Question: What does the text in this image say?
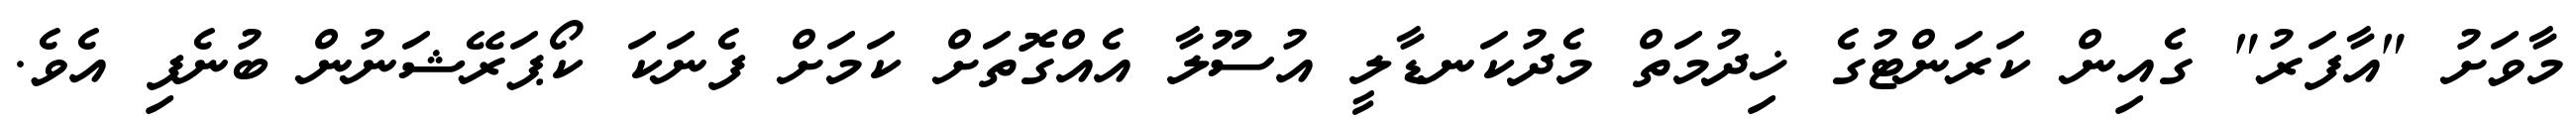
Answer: މާވަށު "އާފަރު" ގެއިން ކަރަންޓުގެ ޚިދުމަތް މެދުކަނޑާލީ އުސޫލާ އެއްގޮތަށް ކަމަށް ފެނަކަ ކޯޕަރޭޝަނުން ބުނެފި އެވެ.